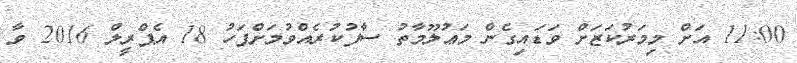
11:00 އަށް މިމަރުކަޒަށް ވަޑައިގެން މަޢުލޫމާތު ސާފުކުރެއްވުމަށްފަހު 18 އެޕްރީލް 2016 ވާ